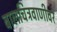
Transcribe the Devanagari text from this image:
बालचित्रवाणीवर